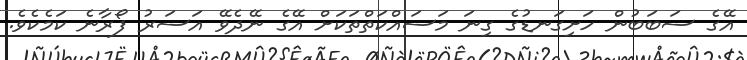
އޭގެ ސަބަބުން ހަށިގަނޑުގެ ގިނަ މަސައްކަތްތަކަށް އޭގެ ނޭދެވޭ އަސަރު ފޯރާނެ ކަމެކެވެ.